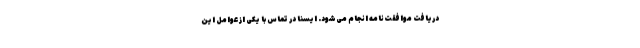
دریافت موافقت‌نامه انجام می‌شود. ایسنا در تماس با یکی از عوامل این